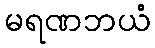
မရဏဘယံ